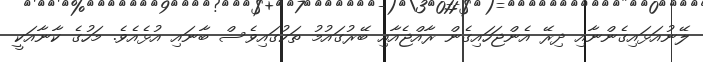
ލޭނުއަޅައިގެންނާއި ދިރޭ އެންޖަހައިގެން ރާއްޖެއާއި ބޭރުގައުމު ތަކުގައިވެސް ބާނައި އުޅެއެވެ. މަހުގެ ކާނާއަކީ